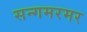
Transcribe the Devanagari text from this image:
सन्गमरमर